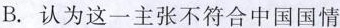
B.认为这一主张不符合中国国情